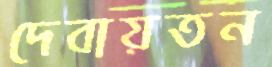
দেবায়তন